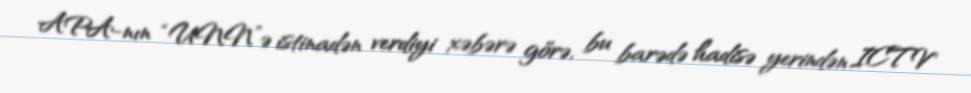
APA-nın “UNN”ə istinadən verdiyi xəbərə görə, bu barədə hadisə yerindən ICTV